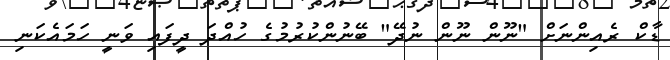
ޑާކް ރެއިންނަށް "ނޫން ނޫން ނުދޭ" ބޭނުންކުރުމުގެ ހުއްދަ ދީފައި ވަނީ ހަމައެކަނި